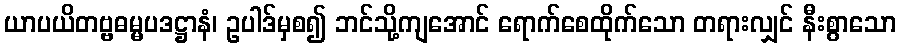
ယာပယိတဗ္ဗဓမ္မပဒဋ္ဌာနံ၊ ဥပါဒ်မှစ၍ ဘင်သို့ကျအောင် ရောက်စေထိုက်သော တရားလျှင် နီးစွာသော